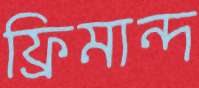
ফ্রিমান্দ